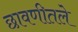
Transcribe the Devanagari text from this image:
छावणीतले